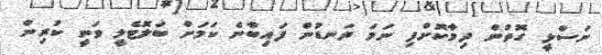
ނަސްލީ ގޮތުން ދިމާކޮށްފި ނަމަ ދަނޑުން ފައިބާނެ ކަމަށް ބަލޮޓެލީ ވަނީ ކުރިން